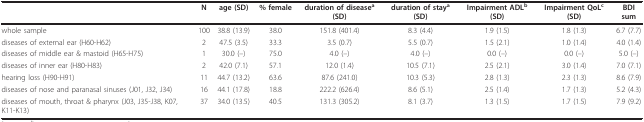
<table><thead><tr><td></td><td><b>N</b></td><td><b>age (SD)</b></td><td><b>% female</b></td><td><b>duration of disease<sup>a </sup>(SD)</b></td><td><b>duration of stay<sup>a </sup>(SD)</b></td><td><b>Impairment ADL<sup>b </sup>(SD)</b></td><td><b>Impairment QoL<sup>c </sup>(SD)</b></td><td><b>BDI sum</b></td></tr></thead><tbody><tr><td>whole sample</td><td>100</td><td>38.8 (13.9)</td><td>38.0</td><td>151.8 (401.4)</td><td>8.3 (4.4)</td><td>1.9 (1.5)</td><td>1.8 (1.3)</td><td>6.7 (7.7)</td></tr><tr><td>diseases of external ear (H60-H62)</td><td>2</td><td>47.5 (3.5)</td><td>33.3</td><td>3.5 (0.7)</td><td>5.5 (0.7)</td><td>1.5 (2.1)</td><td>1.0 (1.4)</td><td>4.0 (1.4)</td></tr><tr><td>diseases of middle ear &amp; mastoid (H65-H75)</td><td>1</td><td>30.0 (--)</td><td>75.0</td><td>4.0 (--)</td><td>4.0 (--)</td><td>0.0 (--)</td><td>0.0 (--)</td><td>5.0 (--)</td></tr><tr><td>diseases of inner ear (H80-H83)</td><td>2</td><td>42.0 (7.1)</td><td>57.1</td><td>12.0 (1.4)</td><td>10.5 (7.1)</td><td>2.5 (2.1)</td><td>3.0 (1.4)</td><td>7.0 (7.1)</td></tr><tr><td>hearing loss (H90-H91)</td><td>11</td><td>44.7 (13.2)</td><td>63.6</td><td>87.6 (241.0)</td><td>10.3 (5.3)</td><td>2.8 (1.3)</td><td>2.3 (1.3)</td><td>8.6 (7.9)</td></tr><tr><td>diseases of nose and paranasal sinuses (J01, J32, J34)</td><td>16</td><td>44.1 (17.8)</td><td>18.8</td><td>222.2 (626.4)</td><td>8.6 (5.1)</td><td>2.5 (1.4)</td><td>1.7 (1.3)</td><td>5.2 (4.3)</td></tr><tr><td>diseases of mouth, throat &amp; pharynx (J03, J35-J38, K07, K11-K13)</td><td>37</td><td>34.0 (13.5)</td><td>40.5</td><td>131.3 (305.2)</td><td>8.1 (3.7)</td><td>1.3 (1.5)</td><td>1.7 (1.5)</td><td>7.9 (9.2)</td></tr></tbody></table>